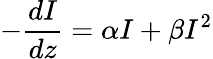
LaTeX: -{\frac{dI}{dz}}=\alpha I+\beta I^{2}